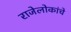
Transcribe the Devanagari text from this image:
राजेलोकांचे